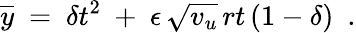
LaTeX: \overline{{{y}}}\ =\ \delta t^{2}\ +\ \epsilon\, \sqrt{v_{u}}\, rt\, (1-\delta)\ \ .